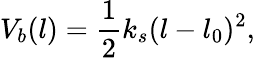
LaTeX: V_{b}(l)=\frac{1}{2}k_{s}(l-l_{0})^{2},